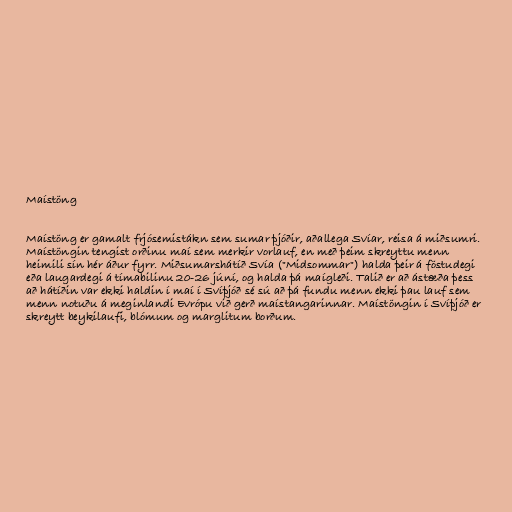
Maístöng

Maístöng er gamalt frjósemistákn sem sumar þjóðir, aðallega Svíar, reisa á miðsumri.
Maístöngin tengist orðinu maí sem merkir vorlauf, en með þeim skreyttu menn
heimili sín hér áður fyrr. Miðsumarshátíð Svía ("Midsommar") halda þeir á föstudegi
eða laugardegi á tímabilinu 20-26 júní, og halda þá maígleði. Talið er að ástæða þess
að hátíðin var ekki haldin í maí í Svíþjóð sé sú að þá fundu menn ekki þau lauf sem
menn notuðu á meginlandi Evrópu við gerð maístangarinnar. Maístöngin í Svíþjóð er
skreytt beykilaufi, blómum og marglitum borðum.